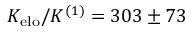
K _ { \mathrm { e l o } } / K ^ { ( 1 ) } = 3 0 3 \pm 7 3